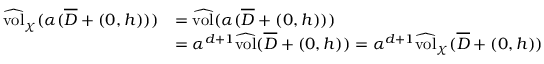
\begin{array} { r l } { \widehat { \mathrm { v o l } } _ { \chi } ( \alpha ( \overline { D } + ( 0 , h ) ) ) } & { = \widehat { \mathrm { v o l } } ( \alpha ( \overline { D } + ( 0 , h ) ) ) } \\ & { = \alpha ^ { d + 1 } \widehat { \mathrm { v o l } } ( \overline { D } + ( 0 , h ) ) = \alpha ^ { d + 1 } \widehat { \mathrm { v o l } } _ { \chi } ( \overline { D } + ( 0 , h ) ) } \end{array}